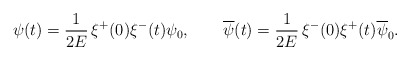
\begin{align*}\psi (t)=\frac{1}{2E}\,\xi ^+(0)\xi ^-(t)\psi _{0},\qquad\overline{\psi}(t)=\frac{1}{2E}\,\xi ^-(0)\xi ^+(t)\overline{\psi}_{0}.\end{align*}